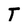
Character: T